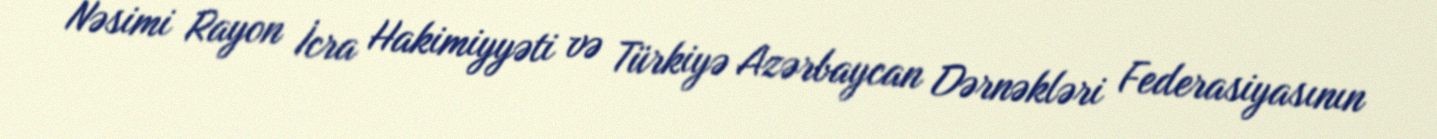
Nəsimi Rayon İcra Hakimiyyəti və Türkiyə Azərbaycan Dərnəkləri Federasiyasının